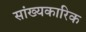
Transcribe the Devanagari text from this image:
सांख्यकारिक